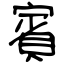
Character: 賓